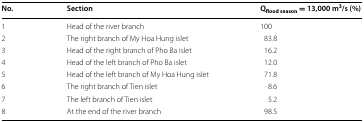
| No. | Section | Qflood season = 13,000 m3/s (%) |
 | --- | --- | --- |
 | 1 | Head of the river branch | 100 |
 | 2 | The right branch of My Hoa Hung islet | 83.8 |
 | 3 | Head of the right branch of Pho Ba islet | 16.2 |
 | 4 | Head of the left branch of Pho Ba islet | 12.0 |
 | 5 | Head of the left branch of My Hoa Hung islet | 71.8 |
 | 6 | The right branch of Tien islet | 8.6 |
 | 7 | The left branch of Tien islet | 5.2 |
 | 8 | At the end of the river branch | 98.5 |